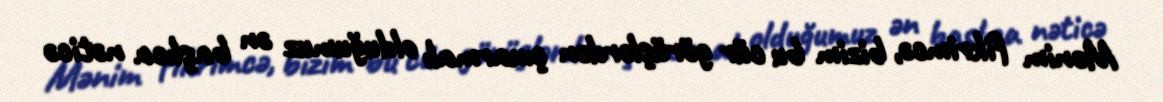
Mənim fikrimcə, bizim bu cür görüşlərdən çıxarmalı olduğumuz ən başlıca nəticə